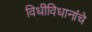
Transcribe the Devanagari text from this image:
विधीविधानांचे